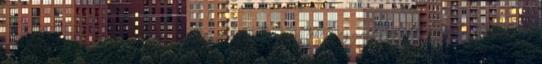
alábbiakban összegezzük, milyen Komárom-Esztergom Megyei Tehetséggondozó és Léleksegítő Alapítvány